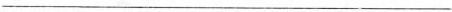
___